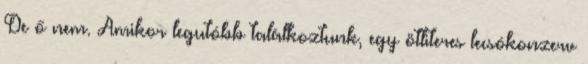
De ő nem. Amikor legutóbb találkoztunk, egy ötliteres lecsókonzerv